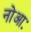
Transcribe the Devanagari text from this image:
नोआः